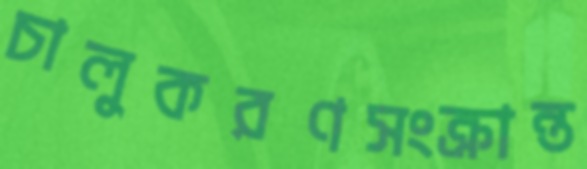
চালুকরণসংক্রান্ত